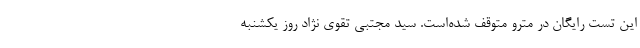
این تست رایگان در مترو متوقف شده‌است. سید مجتبی تقوی نژاد روز یکشنبه